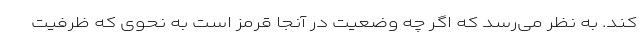
کند. به نظر می‌رسد که اگر چه وضعیت در آنجا قرمز است به نحوی که ظرفیت